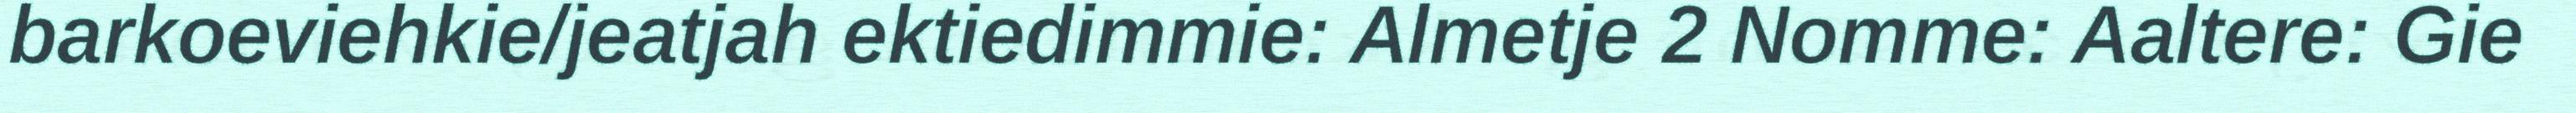
barkoeviehkie/jeatjah ektiedimmie: Almetje 2 Nomme: Aaltere: Gie